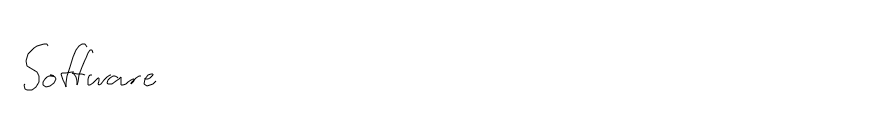
Software